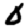
Digit: 0